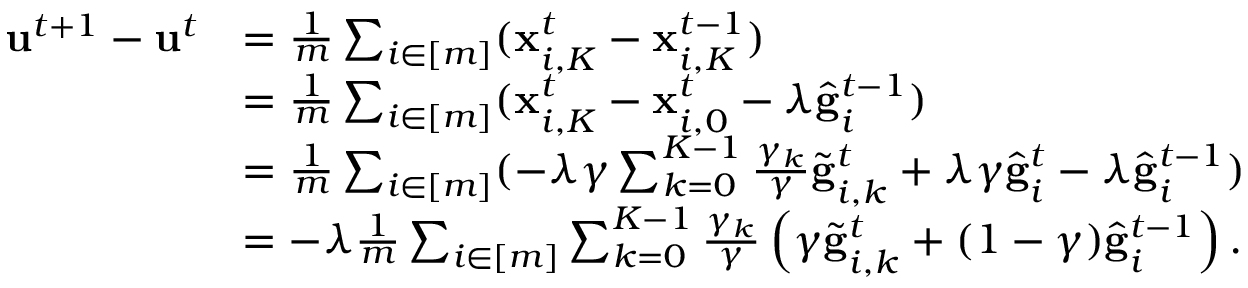
\begin{array} { r l } { \mathbf { u } ^ { t + 1 } - \mathbf { u } ^ { t } } & { = \frac { 1 } { m } \sum _ { i \in [ m ] } ( \mathbf { x } _ { i , K } ^ { t } - \mathbf { x } _ { i , K } ^ { t - 1 } ) } \\ & { = \frac { 1 } { m } \sum _ { i \in [ m ] } ( \mathbf { x } _ { i , K } ^ { t } - \mathbf { x } _ { i , 0 } ^ { t } - \lambda \hat { \mathbf { g } } _ { i } ^ { t - 1 } ) } \\ & { = \frac { 1 } { m } \sum _ { i \in [ m ] } ( - \lambda \gamma \sum _ { k = 0 } ^ { K - 1 } \frac { \gamma _ { k } } { \gamma } \tilde { \mathbf { g } } _ { i , k } ^ { t } + \lambda \gamma \hat { \mathbf { g } } _ { i } ^ { t } - \lambda \hat { \mathbf { g } } _ { i } ^ { t - 1 } ) } \\ & { = - \lambda \frac { 1 } { m } \sum _ { i \in [ m ] } \sum _ { k = 0 } ^ { K - 1 } \frac { \gamma _ { k } } { \gamma } \left( \gamma \tilde { \mathbf { g } } _ { i , k } ^ { t } + ( 1 - \gamma ) \hat { \mathbf { g } } _ { i } ^ { t - 1 } \right) . } \end{array}